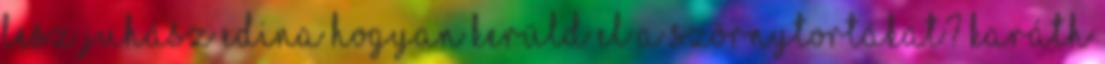
lesz Juhász Edina Hogyan kerüld el a szörnytortákat? Karáth